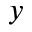
y